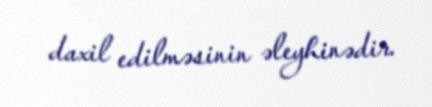
daxil edilməsinin əleyhinədir.